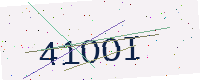
Text: 41OOI